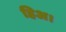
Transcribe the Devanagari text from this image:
हिअ।